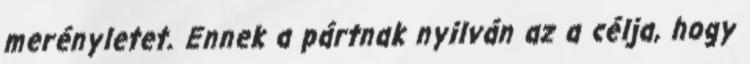
merényletet. Ennek a pártnak nyilván az a célja, hogy